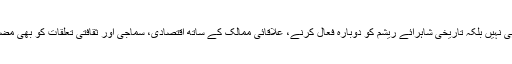
BTK صرف ایک ریلوے لائن منصوبہ ہی نہیں بلکہ تاریخی شاہرائے ریشم کو دوبارہ فعال کرنے، علاقائی ممالک کے ساتھ اقتصادی، سماجی اور ثقافتی تعلقات کو بھی مضبوط بنانے کا منصوبہ ہے ۔